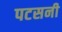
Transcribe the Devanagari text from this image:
पटसनी